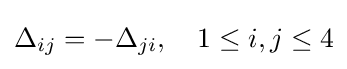
\Delta _{ij}=-\Delta _{ji},\quad 1\leq i,j\leq 4